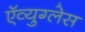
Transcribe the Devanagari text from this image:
ऍव्युग्लेस